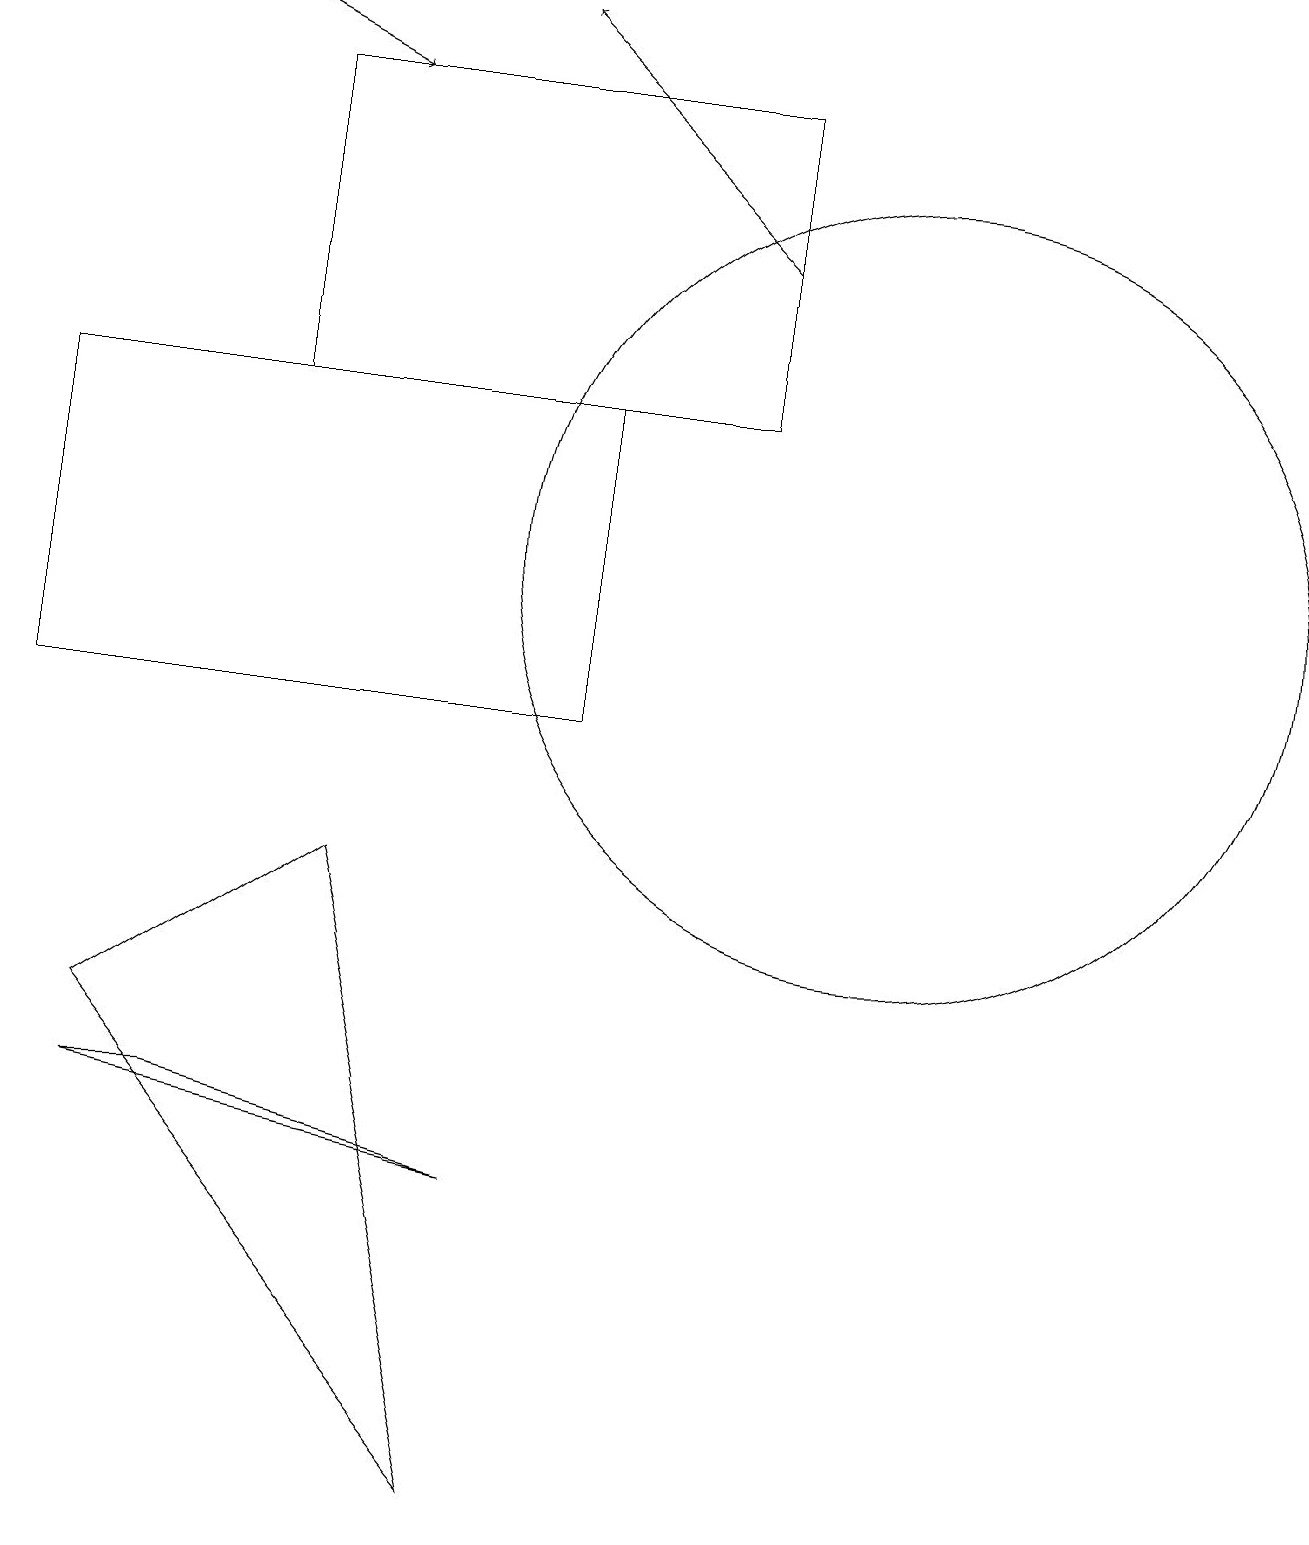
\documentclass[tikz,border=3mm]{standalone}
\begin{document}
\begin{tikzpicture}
\draw (9,14) rectangle (3,18);
\draw[->] (9,16) -- (6,19);
\draw[->] (2,19) -- (4,18);
\draw (11,12) circle (5);
\draw (2,5) -- (1,5) -- (6,4) -- cycle;
\draw (4,8) -- (6,0) -- (1,6) -- cycle;
\draw (7,14) rectangle (0,10);
\draw (11,11) circle (0);
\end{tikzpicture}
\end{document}